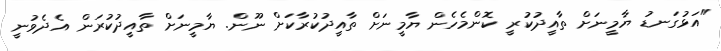
"އަޅުގަނޑު ޔާމީނަށް ތާއީދުކުރީ ކޮންމެހެން ޔާމީނަށް ތާއީދުކުރާކަށް ނޫން. ޔާމީނަށް ތާއީދުކުރަން އެދެވުނީ